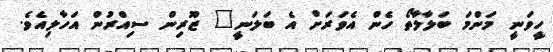
ހީވަނީ މަންމަ ބަލާލާތޯ ހެން އެވަރަށް އެ ބަލަނީ" ޒޫރިން ސިއްރުން އަހާލިއެވެ.